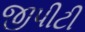
જીપીટી